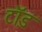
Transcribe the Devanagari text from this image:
टॉ़ड